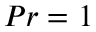
P r = 1